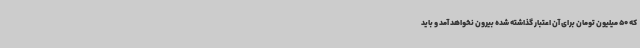
که 50 میلیون تومان برای آن اعتبار گذاشته شده بیرون نخواهد آمد و باید